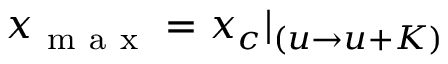
x _ { \mathrm { ~ m ~ a ~ x ~ } } = x _ { c } | _ { ( u \rightarrow u + K ) }